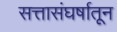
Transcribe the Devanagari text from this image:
सत्तासंघर्षातून